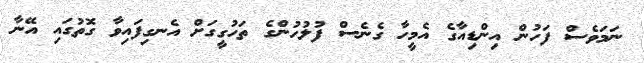
ނަމަވެސް ފަހުން އިންޑިއާގެ އެމީހާ ގެނެސް ފުލުހުންގެ ތަހުގީގަށް އެނގިފައިވާ ގޮތުގައި އޭނާ